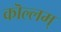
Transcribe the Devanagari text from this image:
कॊल्लम्